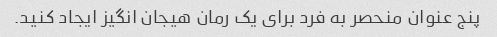
پنج عنوان منحصر به فرد برای یک رمان هیجان انگیز ایجاد کنید.